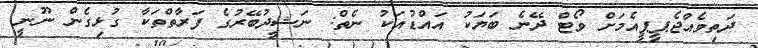
ދަތިވެއްޖެޕީޕީއެމަށް ވޯޓް ދޭނެ ބަޔަކު އައްޑުއަކު ނެތް: ނަޝީދުބޭރުގެ ފަރާތްތަކާ ގުޅިގެން ނޫނީ